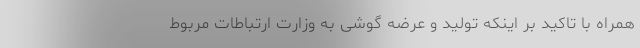
همراه با تاکید بر اینکه تولید و عرضه گوشی به وزارت ارتباطات مربوط